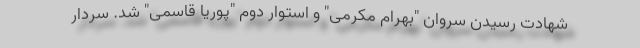
شهادت رسیدن سروان "بهرام مکرمی" و استوار دوم "پوریا قاسمی" شد. سردار